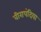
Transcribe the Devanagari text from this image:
वीरापंदिया